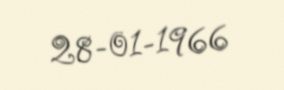
28-01-1966